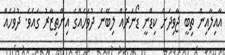
އާއިލާއިން ތިބީ ޖާވިދަށް ކިޑްނީ ޑޯނަރެއް ލިބޭނެ ދުވަހެއްގެ އިންތިޒާރު ގައެވެ. ދުވަހެއް